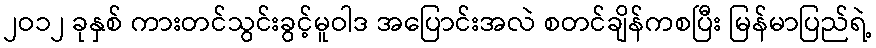
၂ဝ၁၂ ခုနှစ် ကားတင်သွင်းခွင့်မူဝါဒ အပြောင်းအလဲ စတင်ချိန်ကစပြီး မြန်မာပြည်ရဲ့